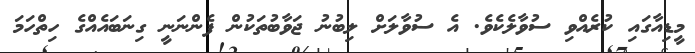
މީޑިއާގައި ކުރެއްވި ސުވާލެކެވެ. އެ ސުވާލަށް ލިބުނު ޖަވާބުތަކުން ފެންނަނީ ގިނަބައެއްގެ ހިތްހަމަ